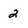
Character: 2